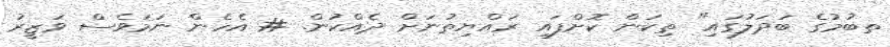
ތބުމުގެ ބަދަލުގައި" ތިކަން ކޮށްފައި ރައްޔިތުނަށް ދެއްކުން. # އެހެން ނަމަވެސް ވަޒީރު